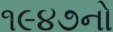
૧૯૪૭નો